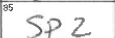
Transcription: SPZ